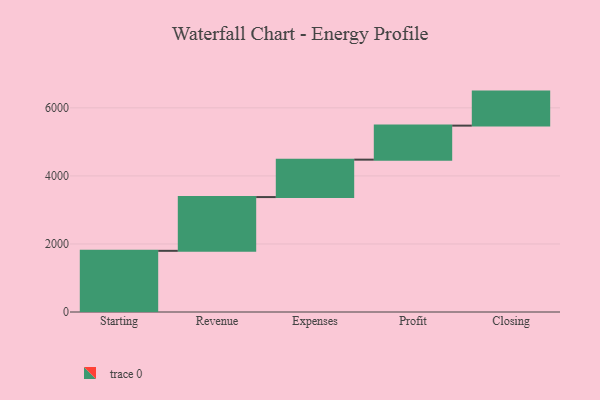
{"axis": {"x": "Step", "y": "Value"}, "legend": [""], "data": [{"x": "Starting", "y": 1798.0, "type": ""}, {"x": "Revenue", "y": 1580.0, "type": ""}, {"x": "Expenses", "y": 1100.0, "type": ""}, {"x": "Profit", "y": 1000, "type": ""}, {"x": "Closing", "y": 1000, "type": ""}]}